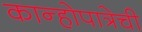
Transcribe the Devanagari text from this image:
कान्होपात्रेची